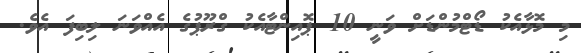
މި މޮޅާއެކު ޑޯޓްމުންޑަށް ވަނީ 10 ޕޮއިންޓާއެކު ގްރޫޕުގެ އެއްވަނަ ލިބިފަ އެވެ.